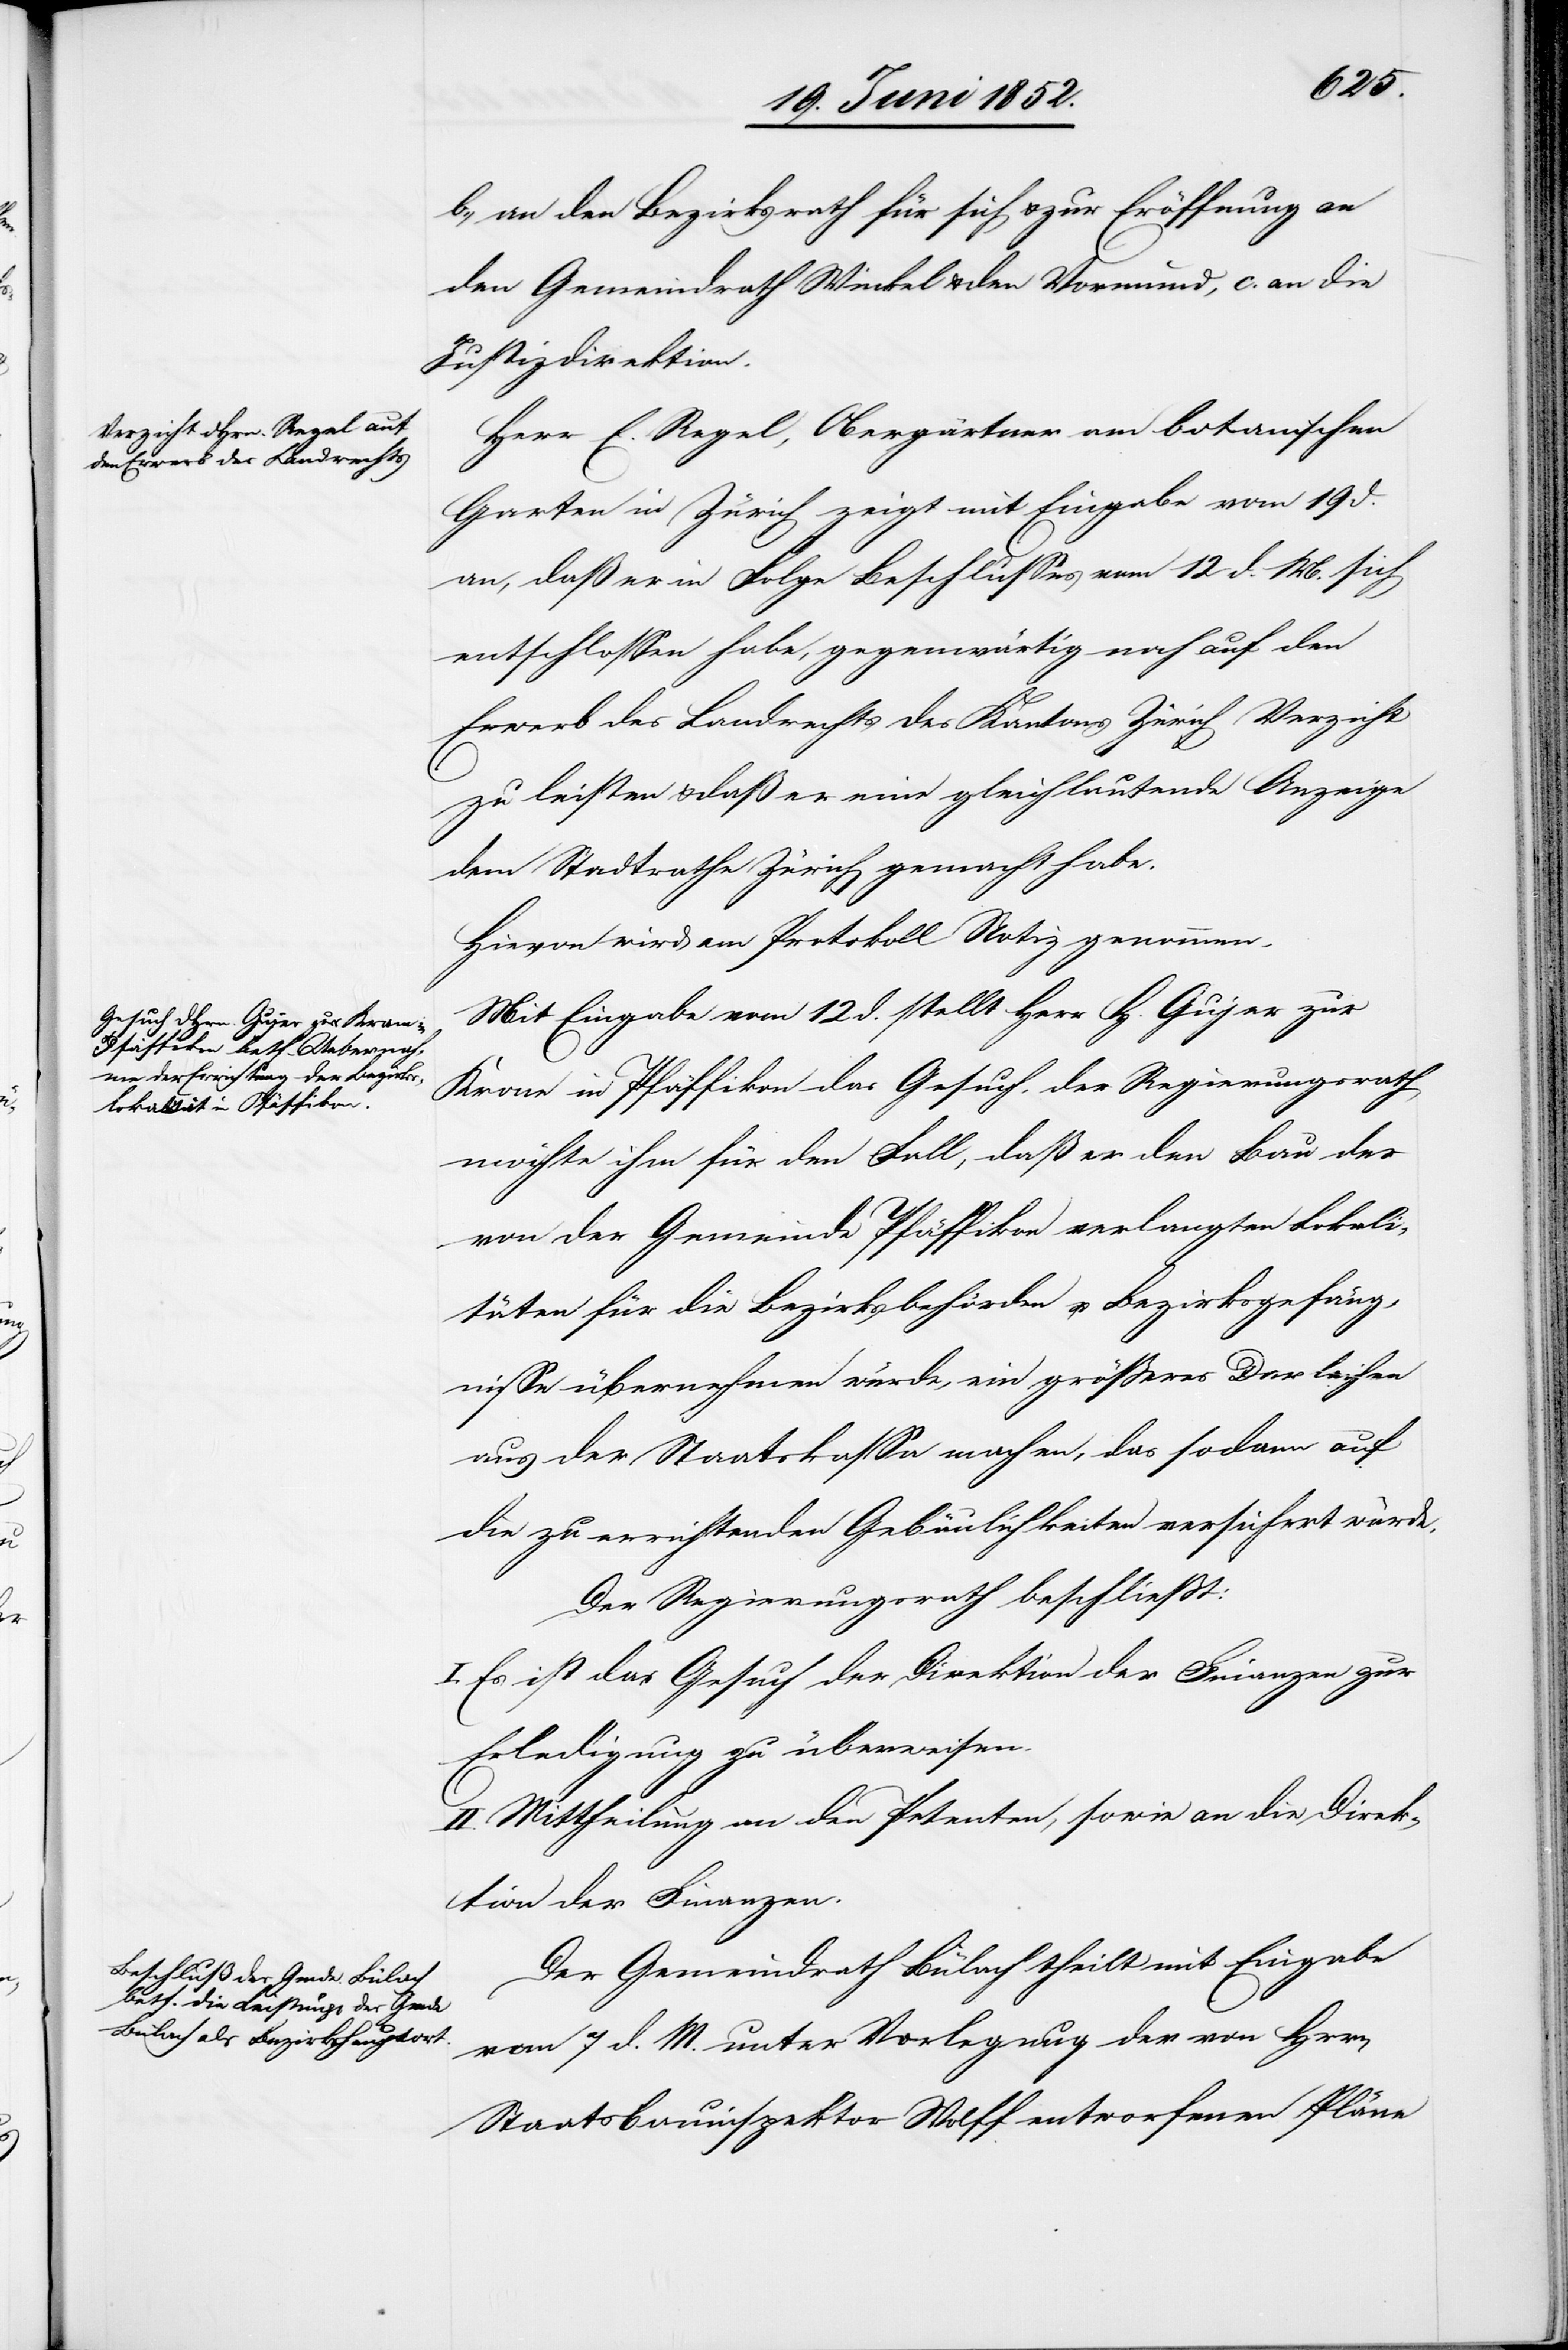
b., an den Bezirksrath für sich & zur Eröffnung an
den Gemeindrath Winkel & den Vormund, c. an die
Justizdirektion.
Herr E. Regel, Obergärtner am botanischen
Garten in Zürich zeigt mit Eingabe vom 19 d.
an, daß er in Folge Beschlusses vom 12 d. M. sich
entschlossen habe, gegenwärtig noch auf den
Erwerb des Landrechts des Kantons Zürich Verzicht
zu leisten & daß er eine gleichlautende Anzeige
dem Stadtrathe Zürich gemacht habe.
Hievon wird am Protokoll Notiz genommen.
Mit Eingabe vom 12 d. stellt Herr H. Gujer zur
Krone in Pfäffikon das Gesuch, der Regierungsrath
möchte ihm für den Fall, daß er den Bau der
von der Gemeinde Pfäffikon verlangten Lokali¬
täten für die Bezirksbehörden u. Bezirksgefäng¬
nisse übernehmen würde, ein größeres Darleihen
aus der Staatskassa machen, das sodann auf
die zu errichtenden Gebäulichkeiten versichert würde.
Der Regierungsrath beschließt:
I. Es ist das Gesuch der Direktion der Finanzen zur
Erledigung zu überweisen.
II. Mittheilung an den Petenten, sowie an die Direk¬
tion der Finanzen.
Der Gemeindrath Bülach theilt mit Eingabe
vom 7 d. M. unter Vorlegung der von H[e]rrn
Staatsbauinspektor Wolff entworfenen Pläne